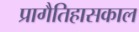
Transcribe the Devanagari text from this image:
प्रागैतिहासकाल